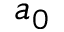
a _ { 0 }